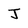
Character: J